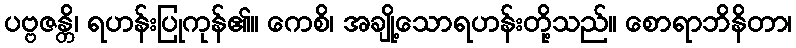
ပဗ္ဗဇန္တိ၊ ရဟန်းပြုကုန်၏။ ကေစိ၊ အချို့သောရဟန်းတို့သည်။ စောရာဘိနိတာ၊